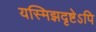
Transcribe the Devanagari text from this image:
यस्मिझदृष्टेऽपि